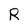
Character: R